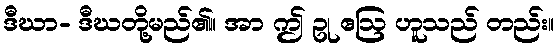
ဒီဃာ- ဒီဃတို့မည်၏။ အာ ဤ ဥု ဧဩ ဟူသည် တည်း။